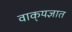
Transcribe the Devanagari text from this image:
वाक्‌यज्ञात